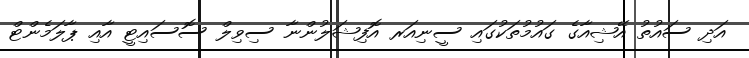
އަދި ސައުތު އޭޝިއާގެ ގައުމުތަކުގައި ސީނިއަރ އޮފިޝަލުންނާ ސިވިލް ސޮސައިޓީ އާއި ޕާލަމެންޓް